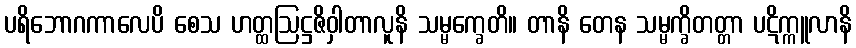
ပရိဘောဂကာလေပိ စေသ ဟတ္ထဩဋ္ဌဇိဝှါတာလူနိ သမ္မက္ခေတိ။ တာနိ တေန သမ္မက္ခိတတ္တာ ပဋိက္ကူလာနိ